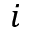
i